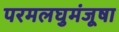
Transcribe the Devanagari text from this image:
परमलघुमंजूषा